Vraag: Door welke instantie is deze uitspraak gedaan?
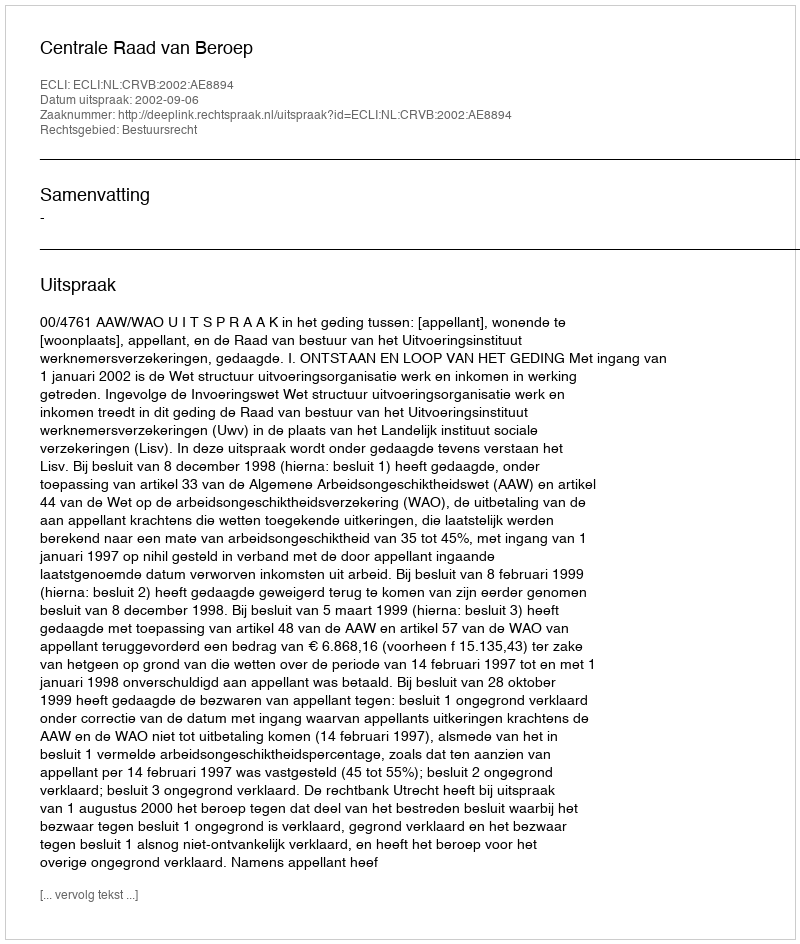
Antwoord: Centrale Raad van Beroep